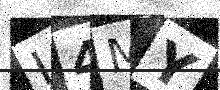
Text: L4MY